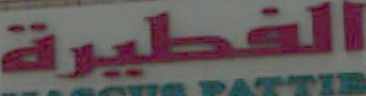
الفطيرة